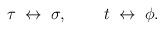
LaTeX: \begin{align*}\tau\;\leftrightarrow\;\sigma,\;\;\;\;\;\;\;\;t\;\leftrightarrow\;\phi.\end{align*}